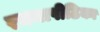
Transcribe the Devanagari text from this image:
रचनापीठिका